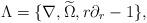
LaTeX: \begin{align*}\Lambda = \{\nabla, \widetilde\Omega,r\partial_r-1\},\end{align*}